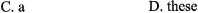
C.a D. these